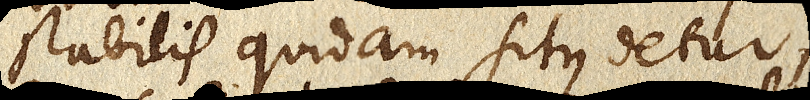
stabilis quidam situs detur,